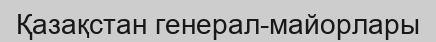
Қазақстан генерал-майорлары